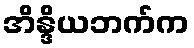
အိန္ဒိယဘက်က